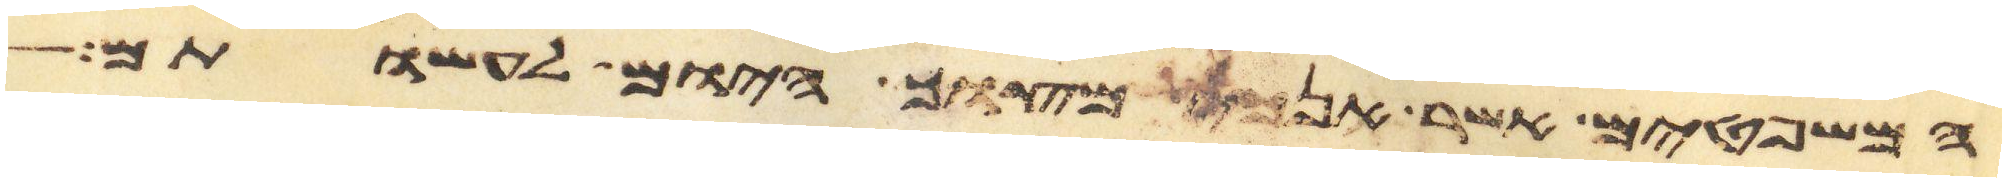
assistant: המשפטים אשר אנכי מצוך היום לעשותם